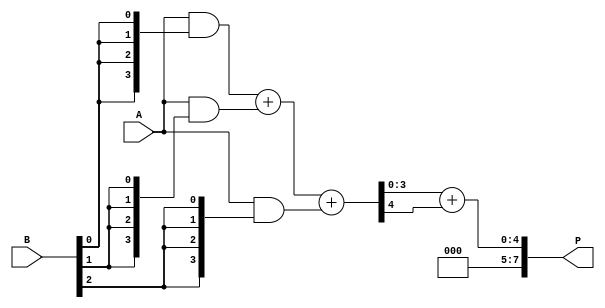
module async_wallace_tree_multiplier #(parameter N = 4) (
    input [N-1:0] A,
    input [N-1:0] B,
    output reg [2*N-1:0] P
);

    // Partial product generation
    wire [N-1:0] pp [N-1:0]; // Partial products
    genvar i, j;
    generate
        for (i = 0; i < N; i = i + 1) begin : gen_partial_products
            assign pp[i] = A & {N{B[i]}}; // AND operation to generate partial products
        end
    endgenerate

    // Wallace Tree Reduction
    wire [N-1:0] sum [N-1:0];
    wire [N-1:0] carry [N-1:0];
    wire [N:0] carry_out;

    // First stage of reduction
    generate
        for (i = 0; i < N-1; i = i + 1) begin : reduce_stage1
            if (i % 3 == 0) begin
                assign {carry_out[i/3], sum[i/3]} = pp[i] + pp[i+1] + pp[i+2]; // 3 inputs to CSA
            end
        end
    endgenerate

    // Second stage of reduction (if necessary)
    // You would continue to implement subsequent stages similarly
    // This example assumes a simple case and may not cover all reductions

    // Final addition
    wire [2*N-1:0] final_sum;
    wire [2*N-1:0] final_carry;

    assign final_sum = sum[0] + carry_out[0]; // Final addition of the last two outputs

    // Output assignment
    always @* begin
        P = final_sum; // Assign the final product
    end

endmodule